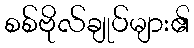
စစ်ဗိုလ်ချုပ်များ၏